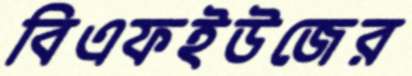
বিএফইউজের